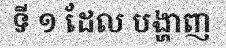
ទី ១ ដែល បង្ហាញ